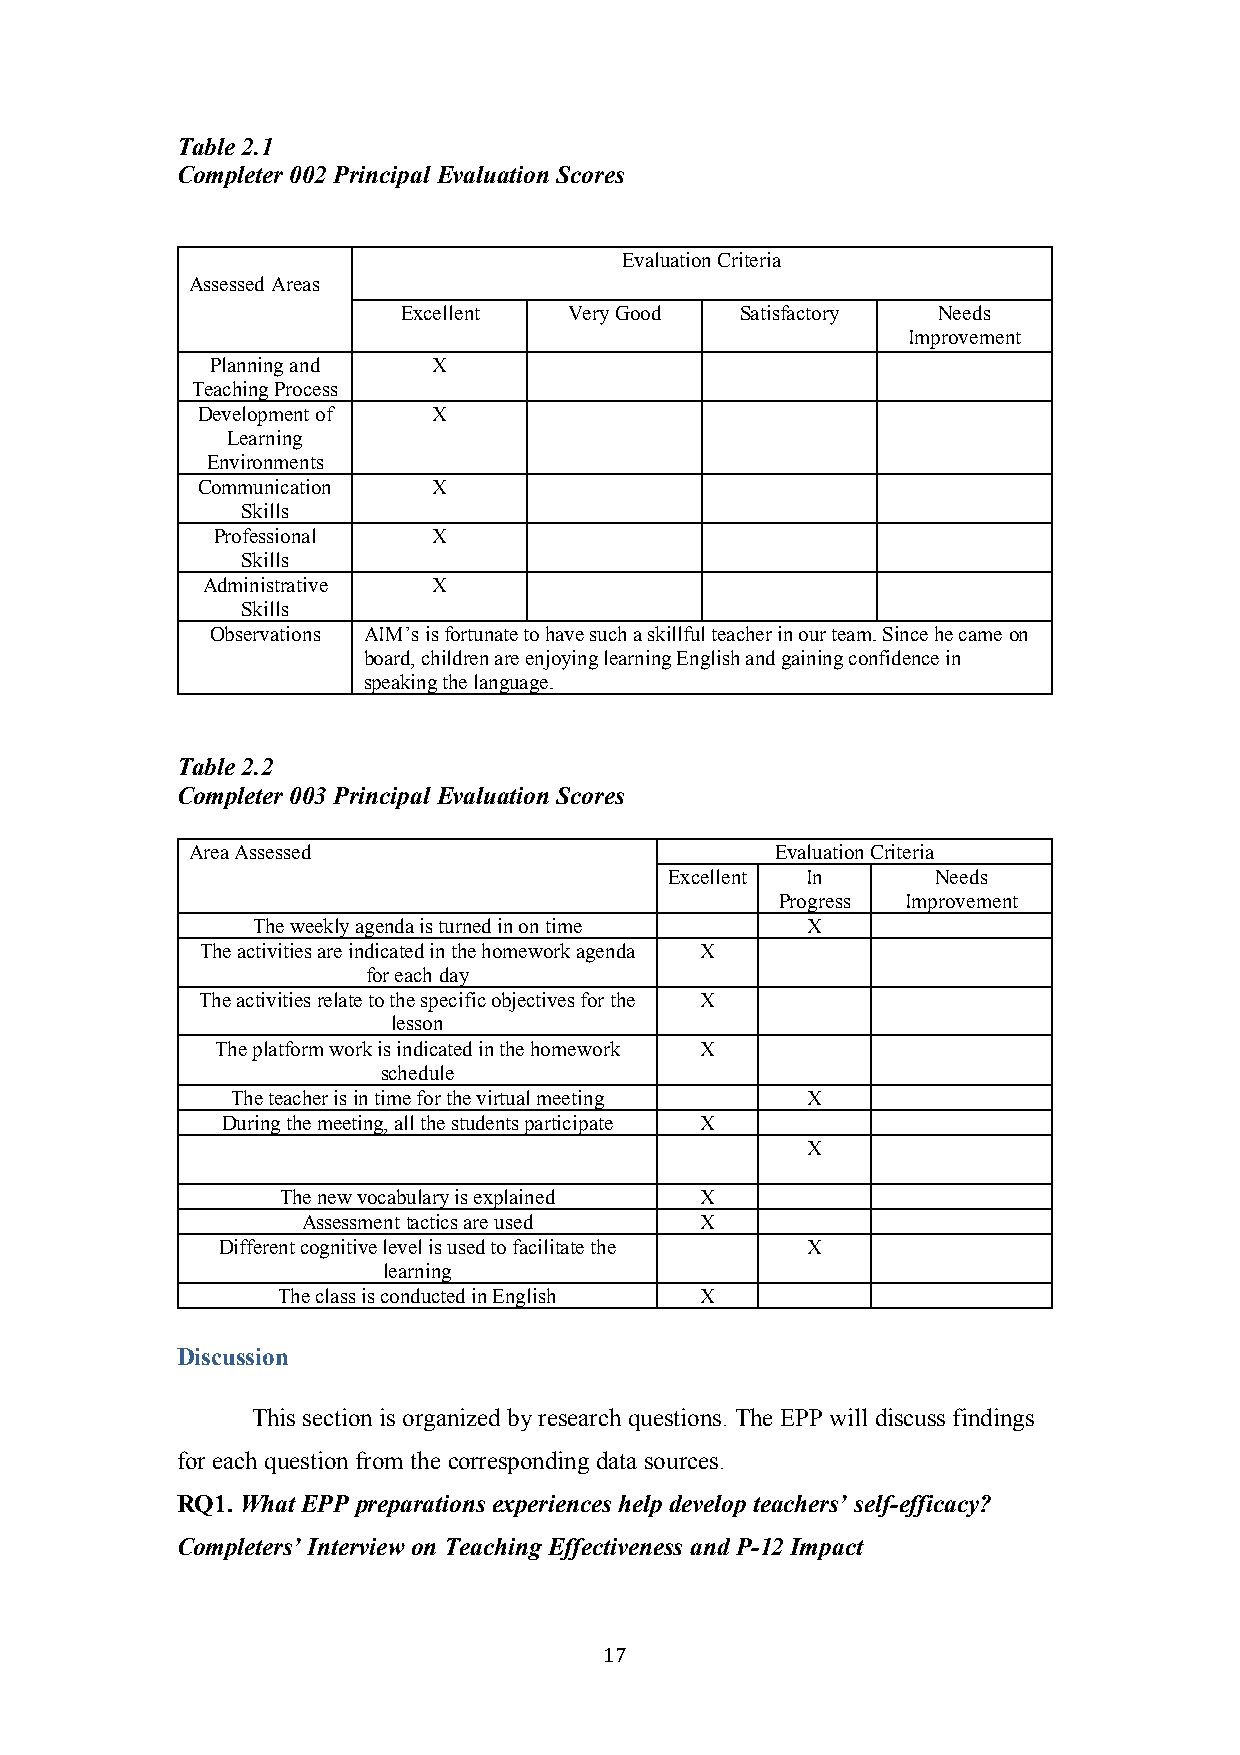
Table 2.1
 Completer 002 Principal Evaluation Scores
 Evaluation Criteria
 Assessed Areas
 Excellent  Very Good  Satisfactory Needs
 Improvement
 Planning and   X
 Teaching Process
 Development of  X
 Learning
 Environments
 Communication   X
 Skills
 Professional   X
 Skills
 Administrative  X
 Skills
 Observations AIM’s is fortunate to have such a skillful teacher in our team. Since he came on
 board, children are enjoying learning English and gaining confidence in
 speaking the language.
 Table 2.2
 Completer 003 Principal Evaluation Scores
 Area Assessed                         Evaluation Criteria
 Excellent In      Needs
 Progress Improvement
 The weekly agenda is turned in on time X
 The activities are indicated in the homework agenda X
 for each day
 The activities relate to the specific objectives for the X
 lesson
 The platform work is indicated in the homework X
 schedule
 The teacher is in time for the virtual meeting X
 During the meeting, all the students participate X
 X
 The new vocabulary is explained X
 Assessment tactics are used X
 Different cognitive level is used to facilitate the X
 learning
 The class is conducted in English X
 Discussion
 This section is organized by research questions. The EPP will discuss findings
 for each question from the corresponding data sources.
 RQ1. What EPP preparations experiences help develop teachers’ self-efficacy?
 Completers’ Interview on Teaching Effectiveness and P-12 Impact
 17